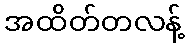
အထိတ်တလန့်